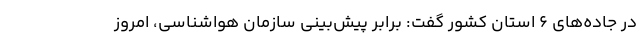
در جاده‌های ۶ استان کشور گفت: برابر پیش‌بینی سازمان هواشناسی، امروز